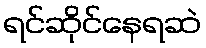
ရင်ဆိုင်နေရဆဲ